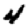
Digit: 4